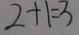
2 + 1 = 3